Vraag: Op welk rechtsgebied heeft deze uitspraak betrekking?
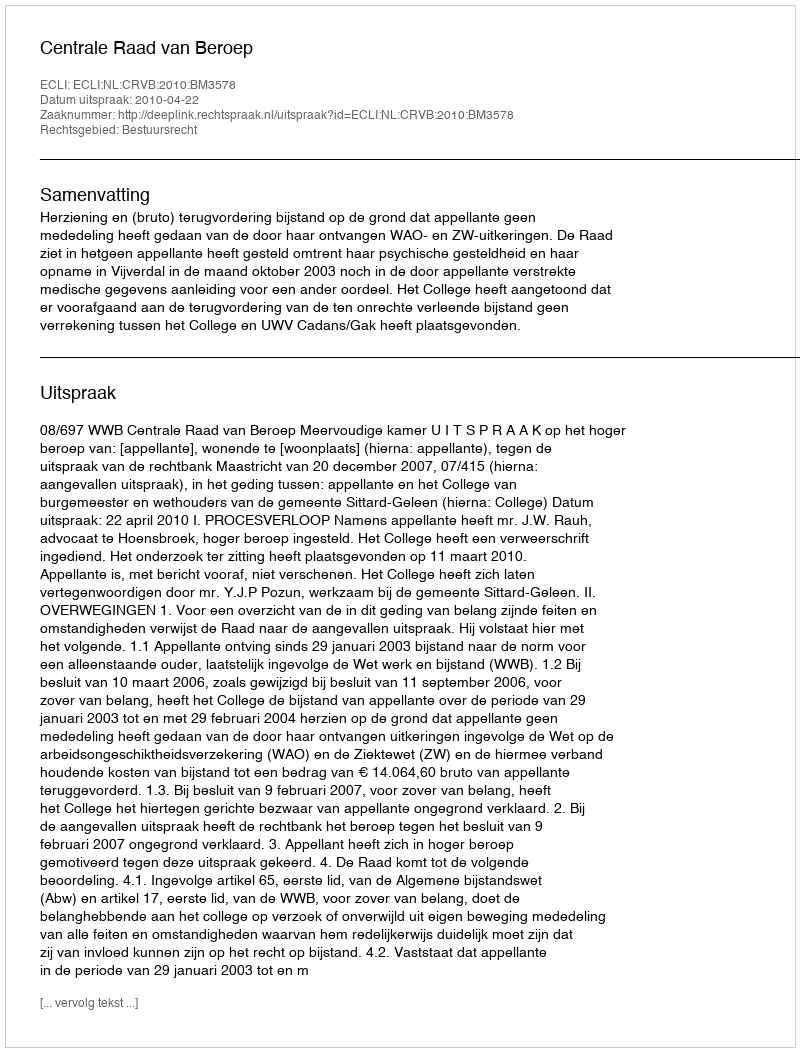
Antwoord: Bestuursrecht